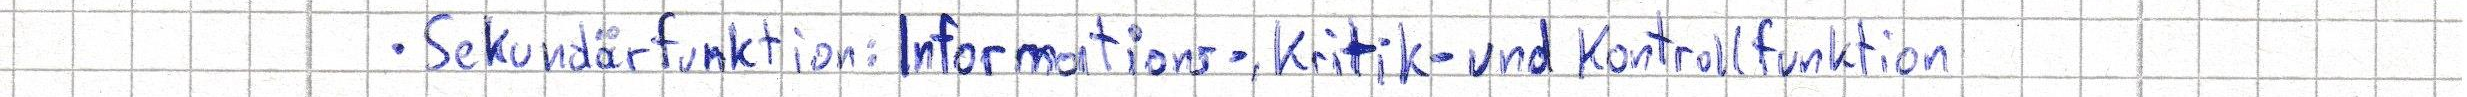
- Sekundärfunktion: Informations-, Kritik- und Kontrollfunktion